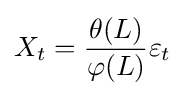
X_{t}={\frac {\theta (L)}{\varphi (L)}}\varepsilon _{t}